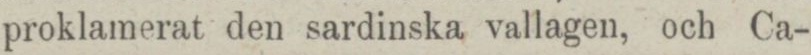
proklamerat den sardinska vallagen, och Ca-